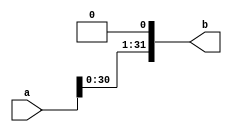
module lshift(a,b);
input [31:0]a;
output [31:0]b;
assign b=a<<1;
endmodule